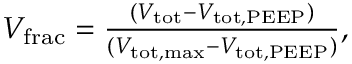
\begin{array} { r } { V _ { \mathrm { f r a c } } = \frac { ( V _ { \mathrm { t o t } } - V _ { \mathrm { t o t , P E E P } } ) } { ( V _ { \mathrm { t o t , m a x } } - V _ { \mathrm { t o t , P E E P } } ) } , \: } \end{array}